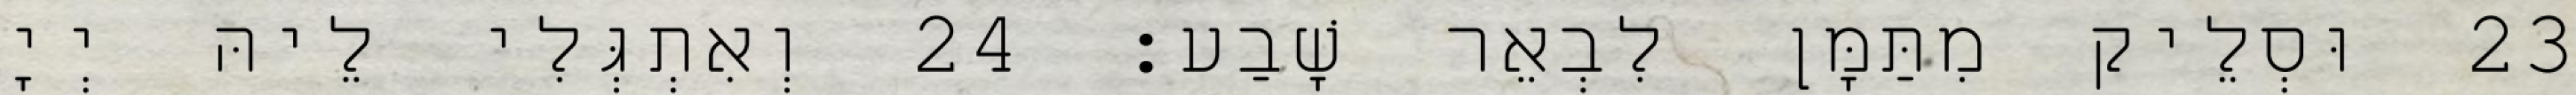
23 וּסְלֵיק מִתַּמָּן לִבְאֵר שָׁבַע׃ 24 וְאִתְגְּלִי לֵיהּ יְיָ